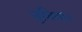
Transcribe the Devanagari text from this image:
नुबिया।